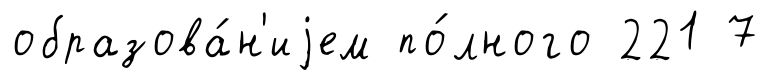
образова́н'иjем по́лного 221 7